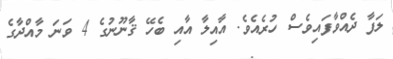
ލަފާ ދެއްވާފައިވެސް ހުރެއެވެ. އާއިލާ އާއި ބެހޭ ޤާނޫނުގެ 4 ވަނަ މާއްދާގެ